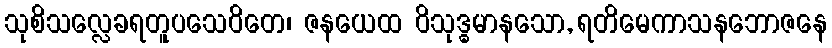
သုစိသလ္လေခရတူပသေဝိတေ၊ ဇနယေထ ဝိသုဒ္ဓမာနသော, ရတိမေကာသနဘောဇနေ